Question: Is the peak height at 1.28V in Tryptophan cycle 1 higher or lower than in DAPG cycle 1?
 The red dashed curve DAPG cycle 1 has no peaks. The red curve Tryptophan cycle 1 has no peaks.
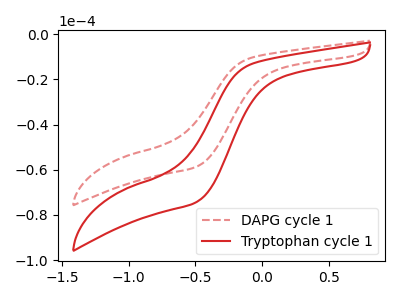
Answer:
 <answer>"Tryptophan cycle 1" and "DAPG cycle 1" dont share a peak at 1.28V.</answer>
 <eval>mismatch</eval>